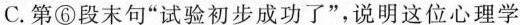
C.第⑥段末句“试验初步成功了”,说明这位心理学